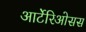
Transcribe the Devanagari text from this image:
आर्टेरिओसस